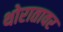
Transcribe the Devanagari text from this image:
थोरातावर